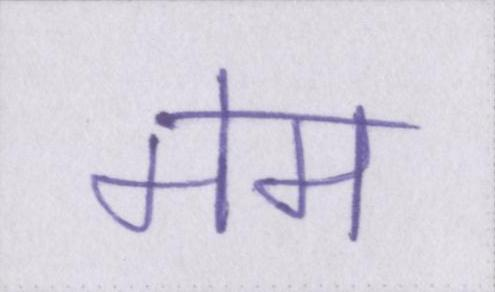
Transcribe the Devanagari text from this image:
मेम